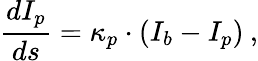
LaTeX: \frac{dI_{p}}{ds}=\kappa_{p}\cdot(I_{b}-I_{p})\: ,